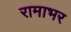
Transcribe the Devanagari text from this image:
रामाभर